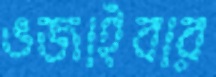
ভজাইবার